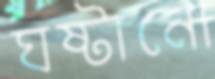
ঘষ্‌টানো